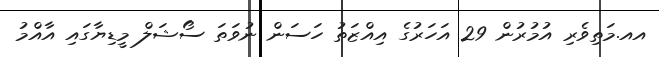
އއ.މަތިވެރި އުމުރުން 29 އަހަރުގެ އިއްޒަތު ހަސަން ނުވަތަ ސޯޝަލް މީޑިޔާގައި އާއްމު